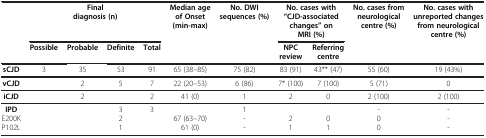
<table><thead><tr><td rowspan="2"><b> </b></td><td colspan="4"><b>Final diagnosis (n)</b></td><td rowspan="2"><b>Median age of Onset (min-max)</b></td><td rowspan="2"><b>No. DWI sequences (%)</b></td><td colspan="2"><b>No. cases with “CJD-associated changes” on MRI (%)</b></td><td rowspan="2"><b>No. cases from neurological centre (%)</b></td><td rowspan="2"><b>No. cases with unreported changes from neurological centre (%)</b></td></tr><tr><td><b>Possible</b></td><td><b>Probable</b></td><td><b>Definite</b></td><td><b>Total</b></td><td><b>NPC review</b></td><td><b>Referring centre</b></td></tr></thead><tbody><tr><td><b>sCJD</b></td><td>3</td><td>35</td><td>53</td><td>91</td><td>65 (38–85)</td><td>75 (82)</td><td>83 (91)</td><td>43** (47)</td><td>55 (60)</td><td>19 (43%)</td></tr><tr><td><b>vCJD</b></td><td> </td><td>2</td><td>5</td><td>7</td><td>22 (20–53)</td><td>6 (86)</td><td>7* (100)</td><td>7 (100)</td><td>5 (71)</td><td>0</td></tr><tr><td><b>iCJD</b></td><td> </td><td>2</td><td> </td><td>2</td><td>41 (0)</td><td>1</td><td>2</td><td>0</td><td>2 (100)</td><td>2 (100)</td></tr><tr><td><b>IPD</b></td><td> </td><td> </td><td>3</td><td>3</td><td> </td><td>1</td><td> </td><td> </td><td>-</td><td>-</td></tr><tr><td>E200K</td><td> </td><td> </td><td>2</td><td> </td><td>67 (63–70)</td><td>-</td><td>2</td><td>0</td><td>0</td><td>-</td></tr><tr><td>P102L</td><td> </td><td> </td><td>1</td><td> </td><td>61 (0)</td><td>-</td><td>1</td><td>1</td><td>0</td><td>-</td></tr></tbody></table>